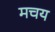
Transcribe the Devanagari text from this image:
मचय